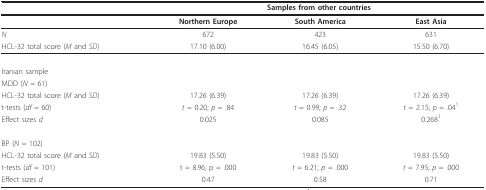
|  | <COLSPAN=3> Samples from other countries |
 | --- | --- | --- | --- |
 |  | Northern Europe | South America | East Asia |
 | N | 672 | 423 | 631 |
 | HCL-32 total score (M and SD) | 17.10 (6.00) | 16.45 (6.05) | 15.50 (6.70) |
 | Iranian sample |  |  |  |
 | MDD (N = 61) |  |  |  |
 | HCL-32 total score (M and SD) | 17.26 (6.39) | 17.26 (6.39) | 17.26 (6.39) |
 | t-tests (df = 60) | t = 0.20; p = .84 | t = 0.99; p = .32 | t = 2.15; p = .041 |
 | Effect sizes d | 0.025 | 0.085 | 0.2681 |
 | BP (N = 102) |  |  |  |
 | HCL-32 total score (M and SD) | 19.83 (5.50) | 19.83 (5.50) | 19.83 (5.50) |
 | t-tests (df = 101) | t = 8.96; p = .000 | t = 6.21; p = .000 | t = 7.95; p = .000 |
 | Effect sizes d | 0.47 | 0.58 | 0.71 |